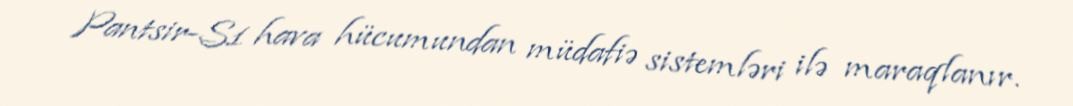
Pantsir-S1 hava hücumundan müdafiə sistemləri ilə maraqlanır.